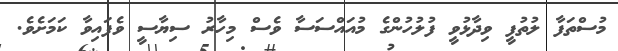
މުސްތަފާ ލުތުފީ ވިދާޅުވީ ފުލުހުންގެ މުއައްސަސާ ވެސް މިހާރު ސިޔާސީ ވެފައިވާ ކަމަށެވެ.